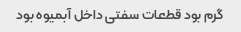
گرم بود قطعات سفتی داخل آبمیوه بود